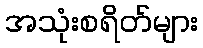
အသုံးစရိတ်များ